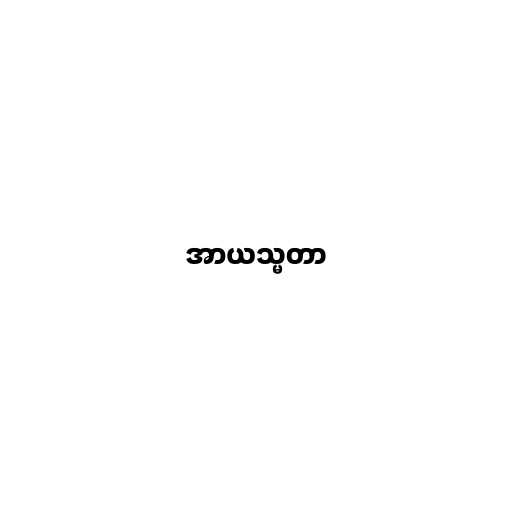
အာယသ္မတာ